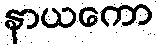
နာယကော